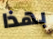
بهذا